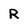
Character: R